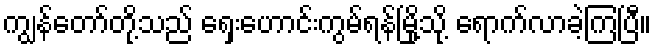
ကျွန်တော်တို့သည် ရှေးဟောင်းကွမ်ရန်မြို့သို့ ရောက်လာခဲ့ကြပြီ။